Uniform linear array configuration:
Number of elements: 12
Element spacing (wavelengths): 0.75
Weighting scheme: cosine
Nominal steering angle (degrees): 45
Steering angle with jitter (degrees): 43.603
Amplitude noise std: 0.05
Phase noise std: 0.05

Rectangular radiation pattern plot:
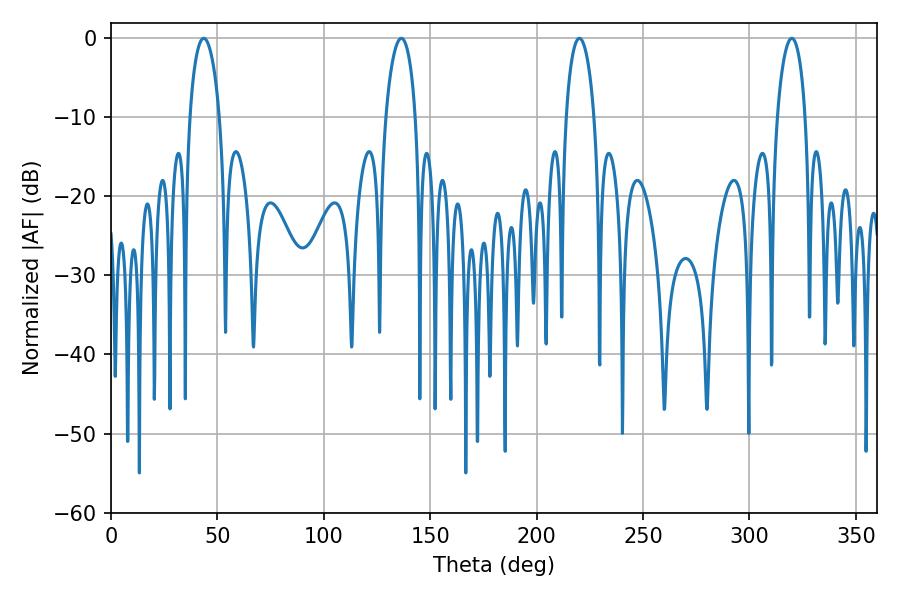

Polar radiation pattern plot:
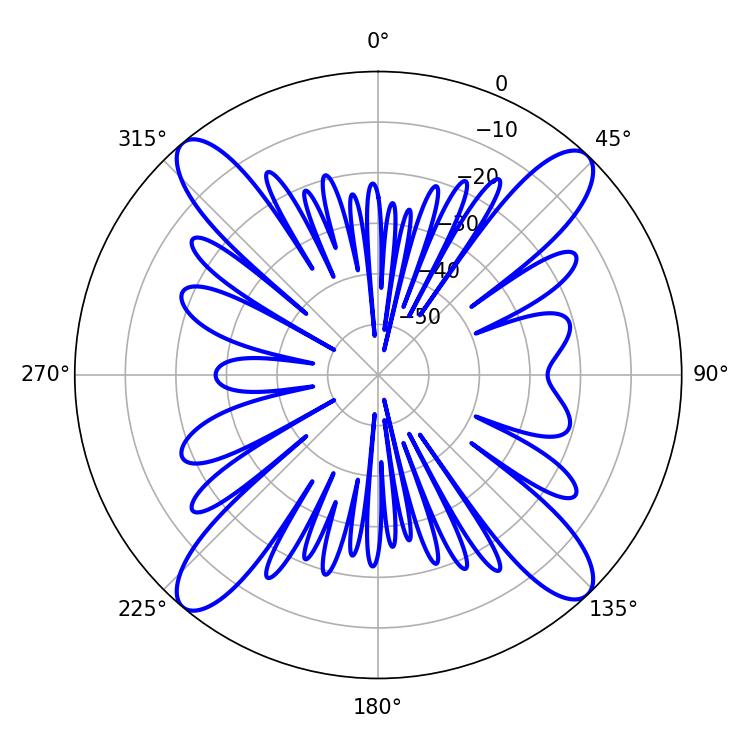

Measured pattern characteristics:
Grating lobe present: TRUE
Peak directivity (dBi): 19.129
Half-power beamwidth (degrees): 7.92
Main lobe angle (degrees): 43.56